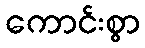
ကောင်းစွာ